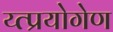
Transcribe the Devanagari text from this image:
य्त्प्रयोगेण